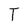
Character: T